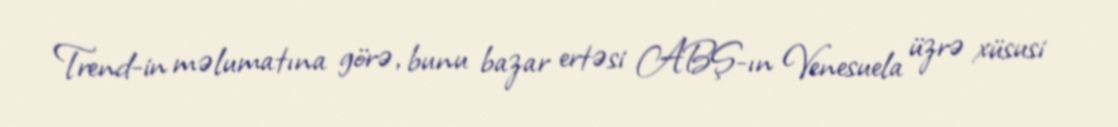
Trend-in məlumatına görə, bunu bazar ertəsi ABŞ-ın Venesuela üzrə xüsusi